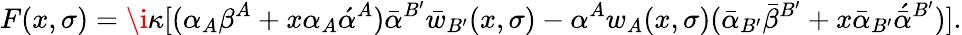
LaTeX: F(x,\sigma)=\i\kappa[(\alpha_{A}\beta^{A}+x\alpha_{A}\acute{\alpha}^{A})\bar{\alpha}^{B^{\prime}}\bar{w}_{B^{\prime}}(x,\sigma)-\alpha^{A}w_{A}(x,\sigma)(\bar{\alpha}_{B^{\prime}}\bar{\beta}^{B^{\prime}}+x\bar{\alpha}_{B^{\prime}}\acute{\bar{\alpha}}^{B^{\prime}})].